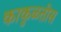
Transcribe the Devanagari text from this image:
काकुळतीस